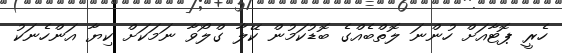
ހެރީ ޕޮޓާއަށް ހުންނަ ލޮތްބެއްގެ ބޮޑުކަމުން ކޭލާ ގްލޯވާ ނަމަކަށް ކިޔާ އަންހެނަކު